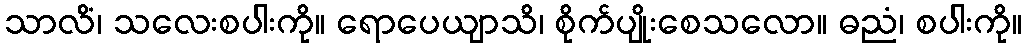
သာလိံ၊ သလေးစပါးကို။ ရောပေယျာသိ၊ စိုက်ပျိုးစေသလော။ ဓညံ၊ စပါးကို။